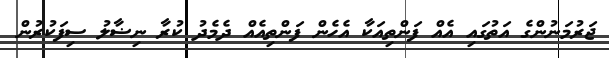
ޖަރުމަނުންގެ އަތުގައި އެއް ފަންތިއަކާ އެހެން ފަންތިއެއް ދެމެދު ކުރާ ނިޟާލު ސިފަކުރުން